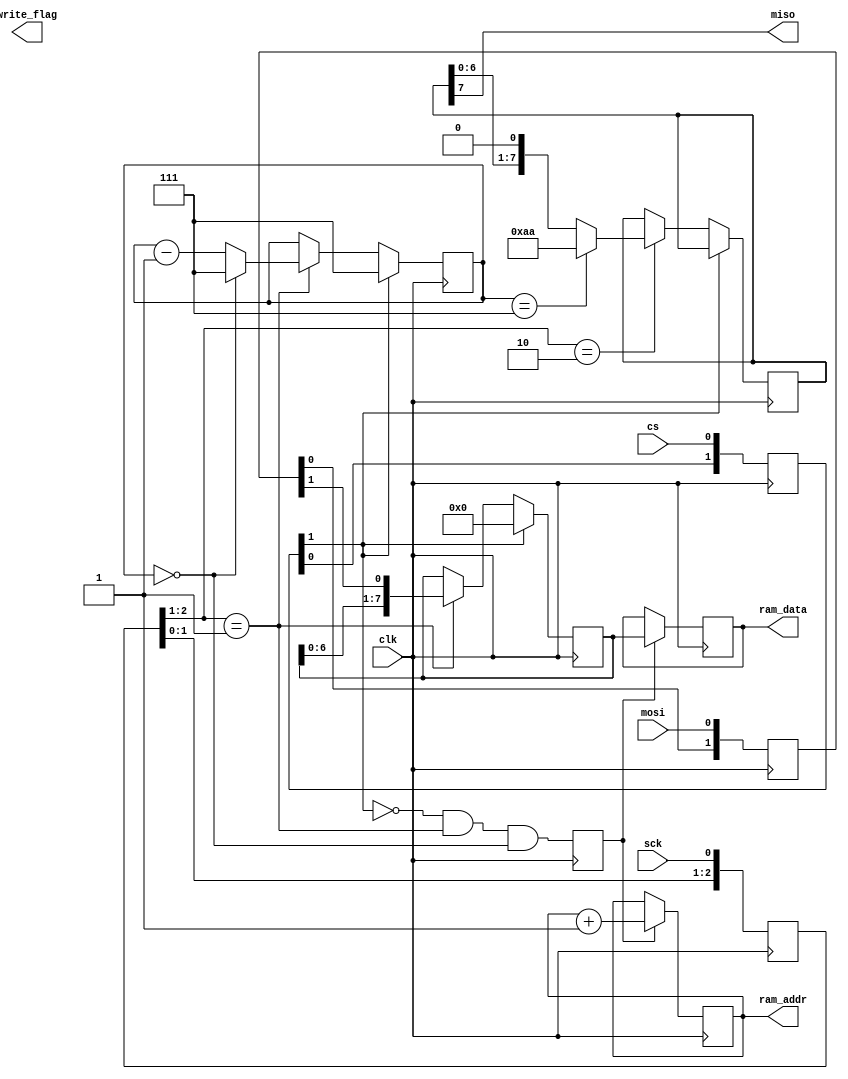
module exi_spi(
	input clk,		// input reference clock
	input sck, cs, mosi,	// PMOD to EXI breakout
	output miso,		// PMOD to EXI breakout

	output [7:0] ram_addr,
	output [7:0] ram_data,
	output write_flag, 

);

localparam width = 8;
localparam mem_size = 64;


/* Use the reference clock to sample sck, cs, and mosi. This lets us easily
 * check their state in the {sck,cs,mosi}r registers.
 */

reg [2:0] sckr, csr;
reg [1:0] mosir;

always @(negedge clk) sckr <= {sckr[1:0], sck};
wire sck_rising = (sckr[2:1] == 2'b01);
wire sck_falling = (sckr[2:1] == 2'b10);

always @(negedge clk) csr <= {csr[1:0], cs};
wire cs_active = !csr[1];
wire cs_falling = (csr[2:1] == 2'b10);
wire cs_rising = (csr[2:1] == 2'b01);

always @(negedge clk) mosir <= {mosir[0], mosi};
wire mosi_data = mosir[1];


/* We need to use a couple different registers in order to keep track of
 * some state */


reg [width-1:0] data;			// transient register for mosi
reg [$clog2(width)-1:0] bits_expected;	// bits we expect to read in a byte
reg byte_done;				// set if done reading a byte

reg [7:0] byte_data_sent;		// transient register for miso
reg [7:0] addr;				// index into buffer


always @(negedge clk) begin
	if(!cs_active) begin
		bits_expected <= width - 1;
		data <= 0;
		//addr <= 0;
	end
	else if(sck_rising) begin
		data <= {data[width-2:0], mosi_data};
		bits_expected <= (bits_expected == 0) ? width - 1 : bits_expected - 1;
	end
	
	byte_done <= (cs_active && sck_rising && bits_expected == 0);
	if (byte_done) begin
		ram_data <= data;
		addr <= addr + 1;
	end
end
assign ram_addr = addr;


always @(negedge clk) begin
	if (cs_active) begin

		//if (cs_falling)
		//	byte_data_send <= 8'hde;

		if (sck_falling) begin
			if (bits_expected == (width - 1))
				byte_data_sent <= 8'haa;
			else
				byte_data_sent <= {byte_data_sent[6:0], 1'b0};
		end
	end
end

//always @(negedge clk) if (cs_active) begin
//	if (cs_falling)
//		byte_data_sent <= 8'hde;
//	else begin
//		if (sck_falling) begin
//			if (bits_expected == (width - 1))
//				byte_data_sent <= 8'had;
//			else
//				byte_data_sent <= {byte_data_sent[6:0], 1'b0};
//		end
//	end
//end
assign miso = byte_data_sent[7];

reg [7:0] cnt;
always @(negedge clk) if(cs_falling) cnt <= cnt+8'h1;  // count the messages


endmodule